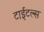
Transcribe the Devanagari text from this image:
टाईटल्स